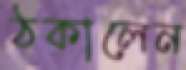
ঠকালেন